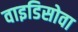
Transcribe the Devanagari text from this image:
वाइडिसोवा